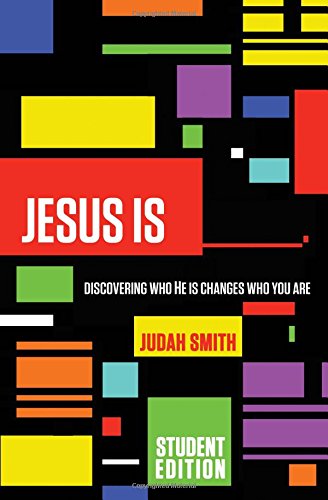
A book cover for Jesus Is Student Edition: Discovering Who He Is Changes Who You Are; Judah Smith; Children's Books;